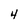
Character: 4